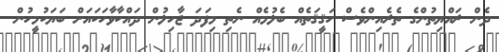
ދެން ރައްޔިތުންގެ ތެރެއިންވެސް ހަޤީޤަތެއް ބެލުމެއް ނެތި މިފަދަ ޖާހިލުން ދައްކާވާހަކައަށް ބަޔަކުމީހުން